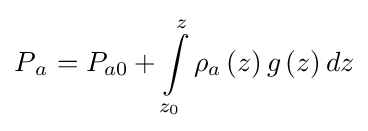
P{_{a}}=P_{a0}+\int \limits _{z_{0}}^{z}\rho _{a}\left(z\right)g\left(z\right)dz